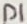
Text: D1